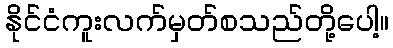
နိုင်ငံကူးလက်မှတ်စသည်တို့ပေါ့။